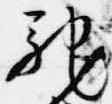
馳